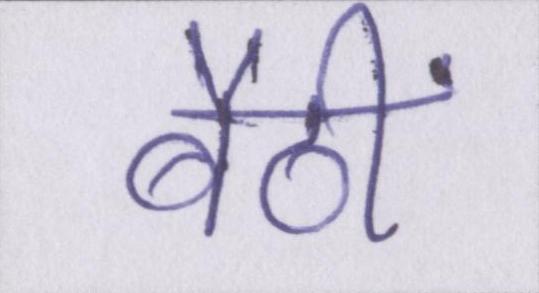
बैठीं